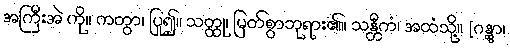
အကြီးအဲ ကို။ ကတွာ၊ ပြု၍။ သတ္ထု၊ မြတ်စွာဘုရား၏။ သန္တီကံ၊ အထံသို့။ [ဂန္တွာ၊